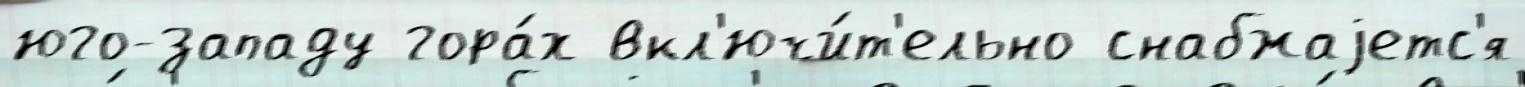
юго-западу гора́х вкл'ючи́т'ельно снабжаjетс'я